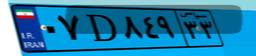
۰۷D۸۴۹۳۳